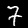
Label: 7